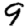
Digit: 9